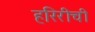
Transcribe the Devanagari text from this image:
हरिरीची